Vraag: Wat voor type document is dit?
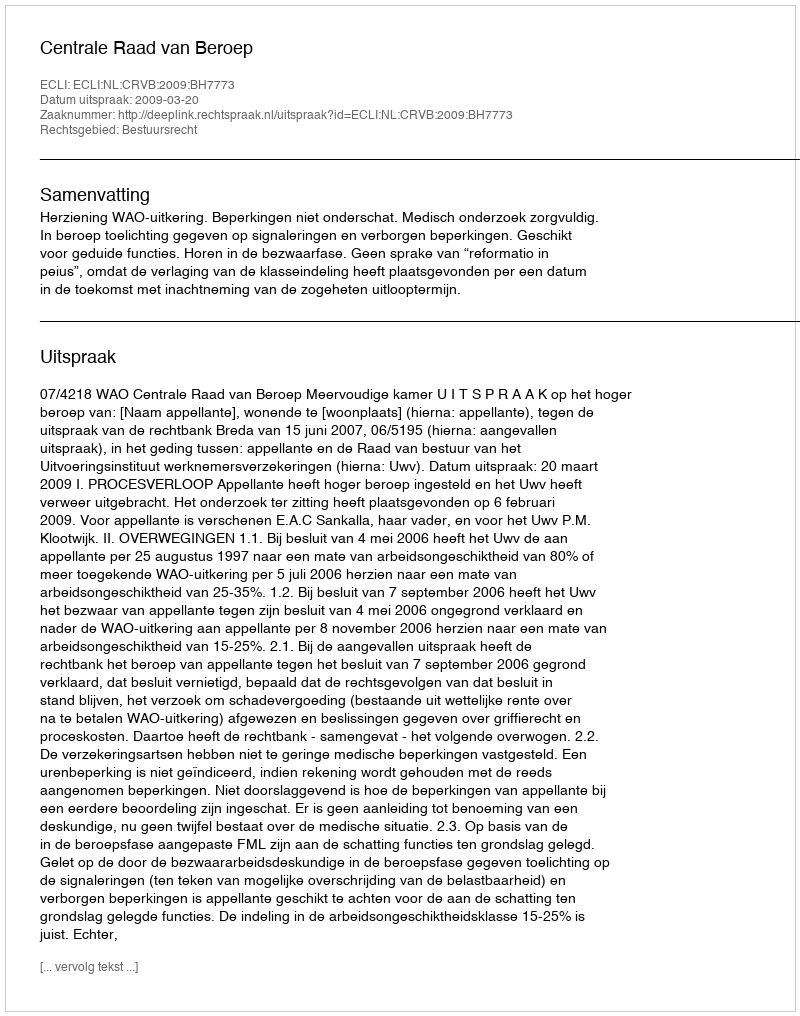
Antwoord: Uitspraak